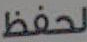
لحفظ